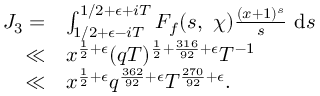
\begin{array} { r l } { J _ { 3 } = } & { \int _ { 1 / 2 + \epsilon - i T } ^ { 1 / 2 + \epsilon + i T } F _ { f } ( s , \ \chi ) \frac { ( x + 1 ) ^ { s } } { s } \ \mathrm { d } s } \\ { \ll } & { x ^ { \frac { 1 } { 2 } + \epsilon } ( q T ) ^ { \frac { 1 } { 2 } + \frac { 3 1 6 } { 9 2 } + \epsilon } T ^ { - 1 } } \\ { \ll } & { x ^ { \frac { 1 } { 2 } + \epsilon } q ^ { \frac { 3 6 2 } { 9 2 } + \epsilon } T ^ { \frac { 2 7 0 } { 9 2 } + \epsilon } . } \end{array}